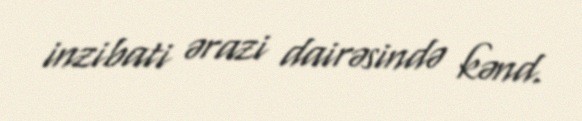
inzibati ərazi dairəsində kənd.